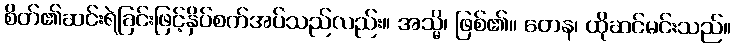
စိတ်၏ဆင်းရဲခြင်းဖြင့်နှိပ်စက်အပ်သည်လည်း။ အသ္မိ၊ ဖြစ်၏။ တေန၊ ထိုဆင်မင်းသည်။